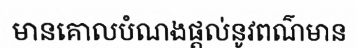
មានគោលបំណងផ្តល់នូវពណ៌មាន